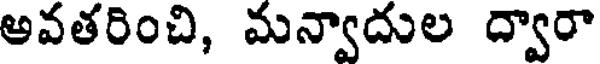
అవతరించి, మన్వాదుల ద్వారా